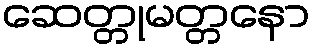
ဆေတ္တုမတ္တနော